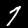
Digit: 7